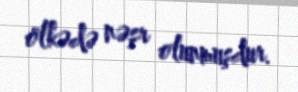
ölkədə nəşr olunmuşdur.